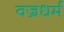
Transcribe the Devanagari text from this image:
वज्रधर्म